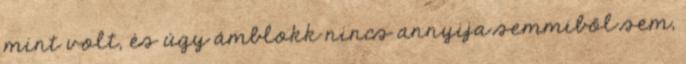
mint volt, és úgy ámblokk nincs annyija semmiből sem,